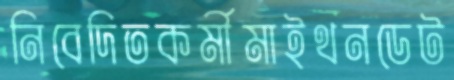
নিবেদিতকর্মীমাইথনডেট